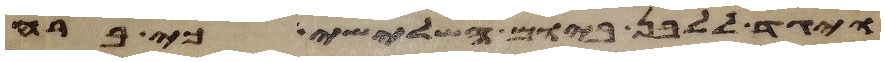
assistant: ויגד ללבן ביום השלישי כי ברח